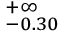
^ { + \infty } _ { - 0 . 3 0 }